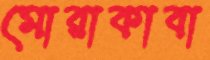
মোরাকাবা